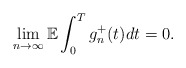
\begin{align*}\lim_{n\rightarrow\infty}\mathbb{E} \int_0^T g_n^{+}(t) dt = 0.\end{align*}